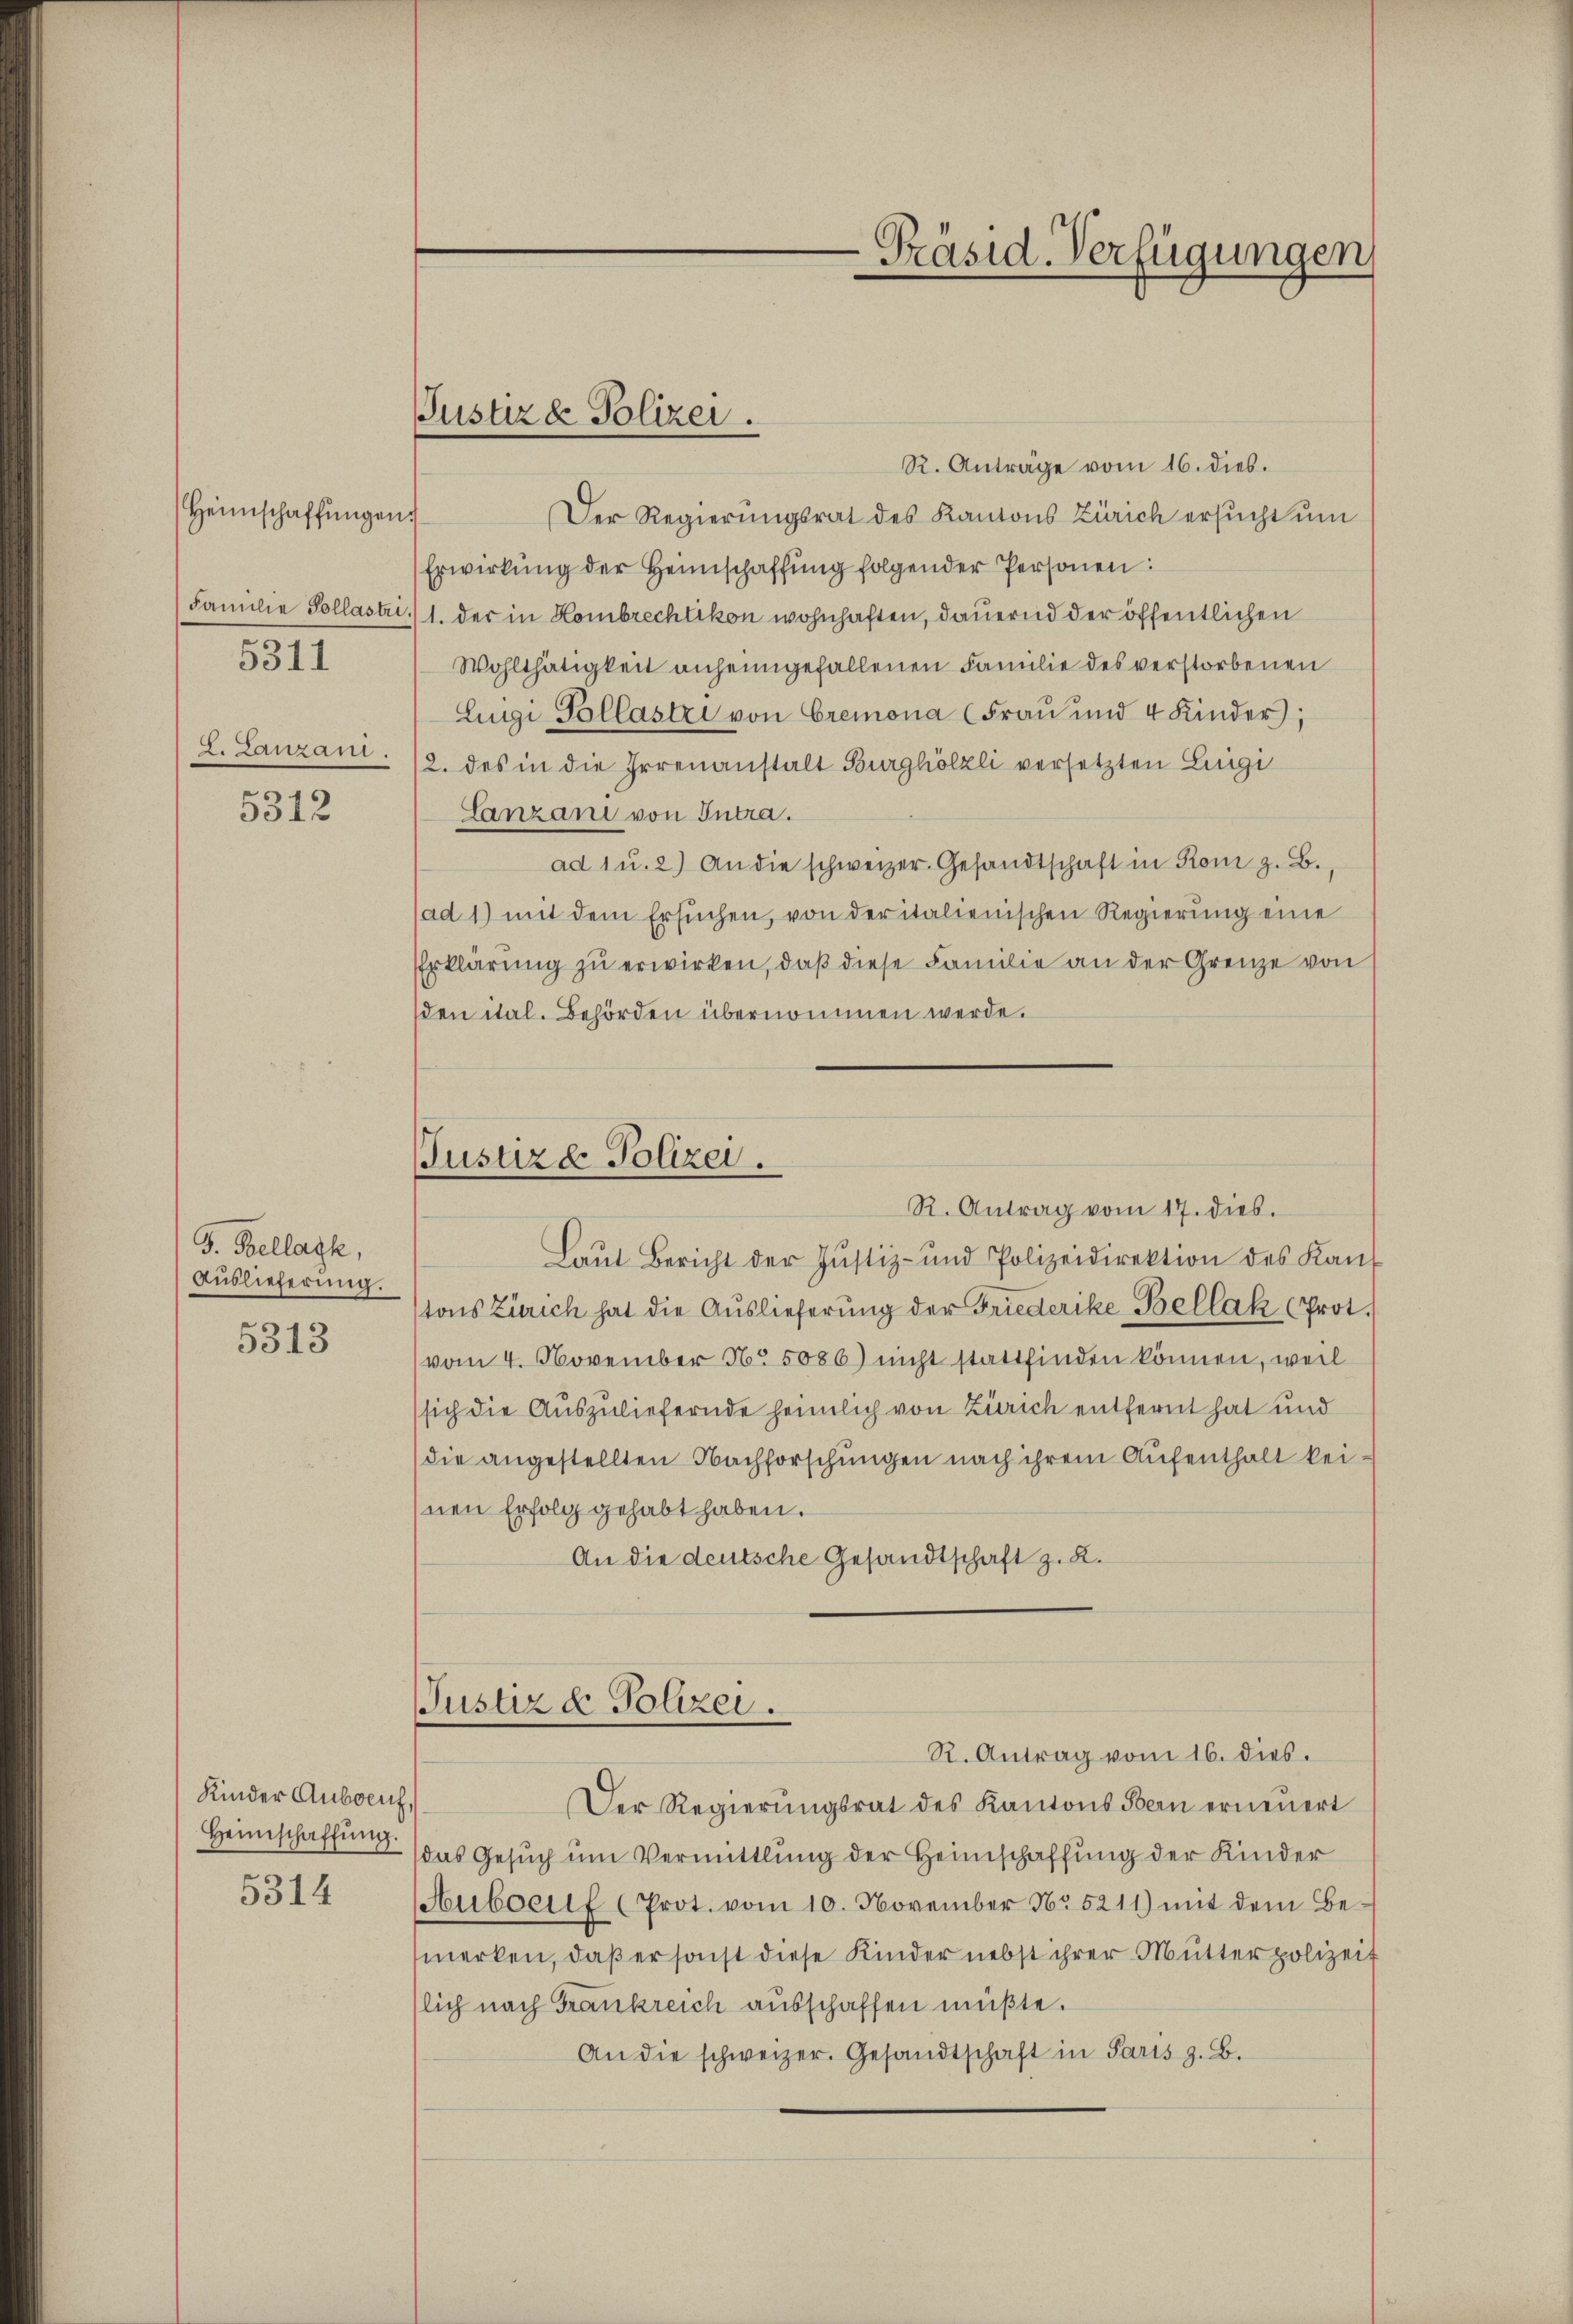
Heimschaffŭngen.
Familie Pollastri
5311
L. Lanzani.

5312

F. Bellagk,
Auslieferung.
5313

Kinder Auboeuh,
Heimschaffung.
5314

Justiz & Polizei.

R. Anträge vom 16. dies.
Der Regierungsrat des Kantons Zürich ersucht um
Erwirkŭng der Heimschaffŭng folgender Personen:
1. der in Kombrechtikon wohnhaften, dauernd der öffentlichen
Wohlthätigkeit anheimgefallenen Familie des verstorbenen
Luigi Pollastri von Cremona (Frau und 4 Kinder;
/2. des in die Irrenanstalt Burghölzli versetzten Lingi
Lnzani von Intra
ad 1 u. 2) An die schweizer. Gesandtschaft in Rom z. B.
(ad 1) mit dem Ersuchen, von der italienischen Regierung eine
Erklärung zu erwirken, daß diese Familie an der Grenze von
den ital. Behörden übernommen werde.
Justiz & Polizei.
R. Antrag vom 17. dies.
Laŭt Bericht der Justiz- und Polizeidirektion des Kan-
tons Zürich hat die Auslieferŭng der Friederike Bellak (Prot.
vom 4. November No 5086) nicht stattfinden können, weil
sich die Auszuliefernde heimlich von Zürich entfernt hat und
die angestellten Nachforschungen nach ihrem Aufenthalt keinen Erfolg gehabt haben.
An die deutsche Gesandtschaft z. B.

Justiz u. Polizei.

-Präsid. Verfügungen

R. Antrag vom 16. dies.
Der Regierŭngsrat des Kantons Bern erneuert
das Gesŭch ŭm Vermittlung der Heimschaffung der Kinder
Heuboerf (Prot. vom 10. November No 5211) mit dem Bemerken, daß er sonst diese Kinder nebst ihrer Mutter polizeit
slich nach Frankreich ausschaffen müßte.
An die schweizer. Gesandtschaft in Paris z. B.